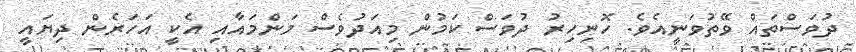
ދުވަސްތައް ވޭތުވަނީއެވެ. ހޮނިހިރު ދުވަސް ކަމުން މިއަދުވެސް މަންމައާއި އެކީ އަހަރެން ދިޔައީ